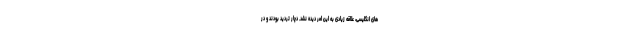
های انگلیسی، علاقه زیادی به این امر دیده نشد. دچار تردید بودند و در